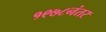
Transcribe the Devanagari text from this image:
१९७८नंतर